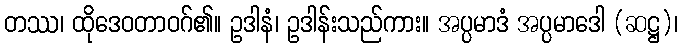
တဿ၊ ထိုဒေဝတာဝဂ်၏။ ဥဒါနံ၊ ဥဒါန်းသည်ကား။ အပ္ပမာဒံ အပ္ပမာဒေါ (ဆဋ္ဌ)၊